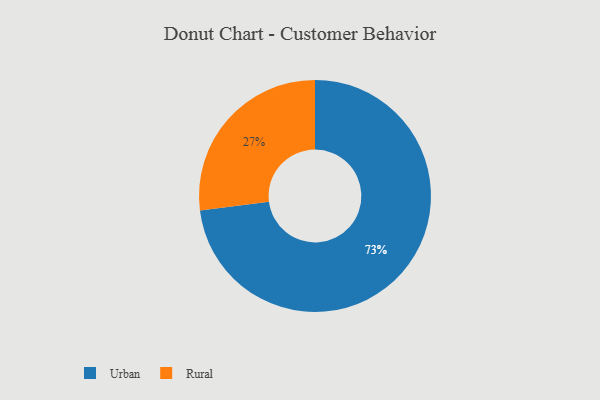
{"axis": {"x": "Category", "y": "Percentage"}, "legend": ["Rural", "Urban"], "data": [{"x": "Urban", "y": 73, "type": "Urban"}, {"x": "Rural", "y": 27, "type": "Rural"}]}